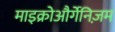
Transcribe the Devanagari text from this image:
माइक्रोऔर्गेनिज़म